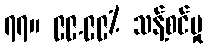
၇၇။ ၉၉.၉၉% သန့်စင်မှု